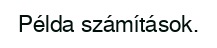
Példa számítások.